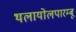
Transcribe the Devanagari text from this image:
थलायोलपारम्बू